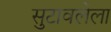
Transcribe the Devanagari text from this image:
सुटावलेला